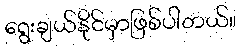
ရွေးချယ်နိုင်မှာဖြစ်ပါတယ်။